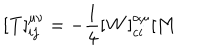
[ { \bf T } ] _ { i j } ^ { \mu \nu } = - { \frac 1 4 } [ { \bf W } ] _ { c i } ^ { \alpha \mu } [ { \bf M }